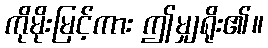
ကိုမိုးမြင့်ကား ဤမျှရိုး၏။